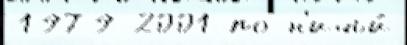
1979 2001 по н'ичьи́